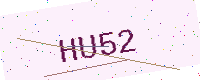
Text: HU52